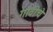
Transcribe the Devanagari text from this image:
गावीचे